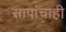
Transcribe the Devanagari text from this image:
सापांचाही